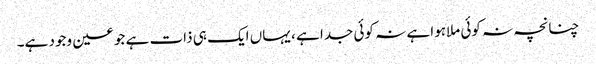
چنانچہ نہ کوئی ملاہوا ہے نہ کوئی جدا ہے ، یہاں ایک ہی ذات ہے جو عین وجود ہے۔